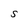
Character: S